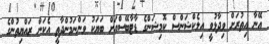
އޭނާ އިތުރަށް ވިދާޅުވީ އިލެކްޝަންސް ކޮމިޝަންގެ ޑާޓާބޭސްއަށް ބަޔަކު ވަންނަމުންދާތީ އެކަން ރައްޔިތުންގެ